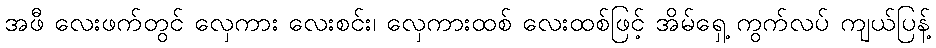
အဖီ လေးဖက်တွင် လှေကား လေးစင်း၊ လှေကားထစ် လေးထစ်ဖြင့် အိမ်ရှေ့ ကွက်လပ် ကျယ်ပြန့်